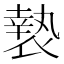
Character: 𭏲